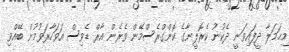
މިޙަމަލާ ދީފައިވަނީ ދެކުނު ކެރޮލީނާގެ ކޮންގްރެސްމޭން ވެރެން އާރް ޑެވިސް އަވަހާރަވުމުން ބޭއްވި